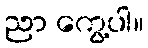
ညာ ကွေ့ပါ။